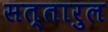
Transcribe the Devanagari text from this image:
सत्तारुल